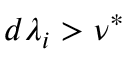
d \lambda _ { i } > \nu ^ { * }